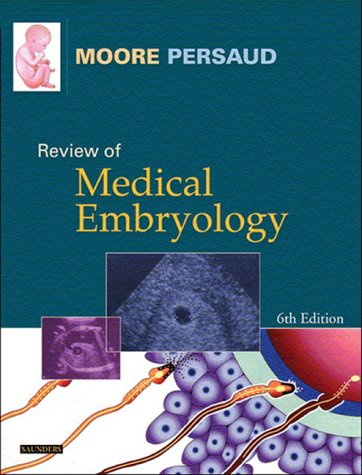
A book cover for Review of Medical Embryology,Study  Guide, 6e; Keith L. Moore BA  MSc  PhD  DSc  FIAC  FRSM  FAAA; Medical Books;